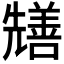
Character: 𭀺